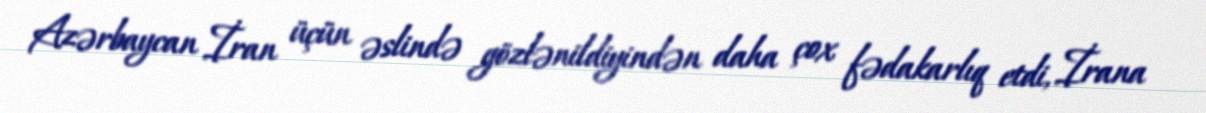
Azərbaycan İran üçün əslində gözlənildiyindən daha çox fədakarlıq etdi, İrana